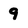
Character: 9